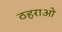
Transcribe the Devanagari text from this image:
ठहराओ